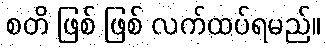
စတိ ဖြစ် ဖြစ် လက်ထပ်ရမည်။